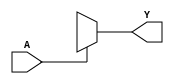
module single_variable_kmap (
    input wire A,  // Input variable
    output wire Y  // Output variable
);

// Combinational logic based on the K-map
assign Y = (A == 1'b0) ? Y0 : Y1;

endmodule